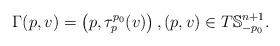
LaTeX: \begin{align*}\Gamma(p, v) = \left( p, \tau_p^{p_0}(v) \right), (p, v) \in T \mathbb{S}_{-p_0}^{n+1}.\end{align*}